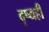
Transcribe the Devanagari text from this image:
दृष्यही